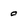
Character: o